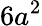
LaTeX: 6a^{2}